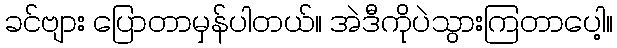
ခင်ဗျား ပြောတာမှန်ပါတယ်။ အဲဒီကိုပဲသွားကြတာပေါ့။